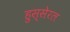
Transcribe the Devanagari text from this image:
हुस्सेरल